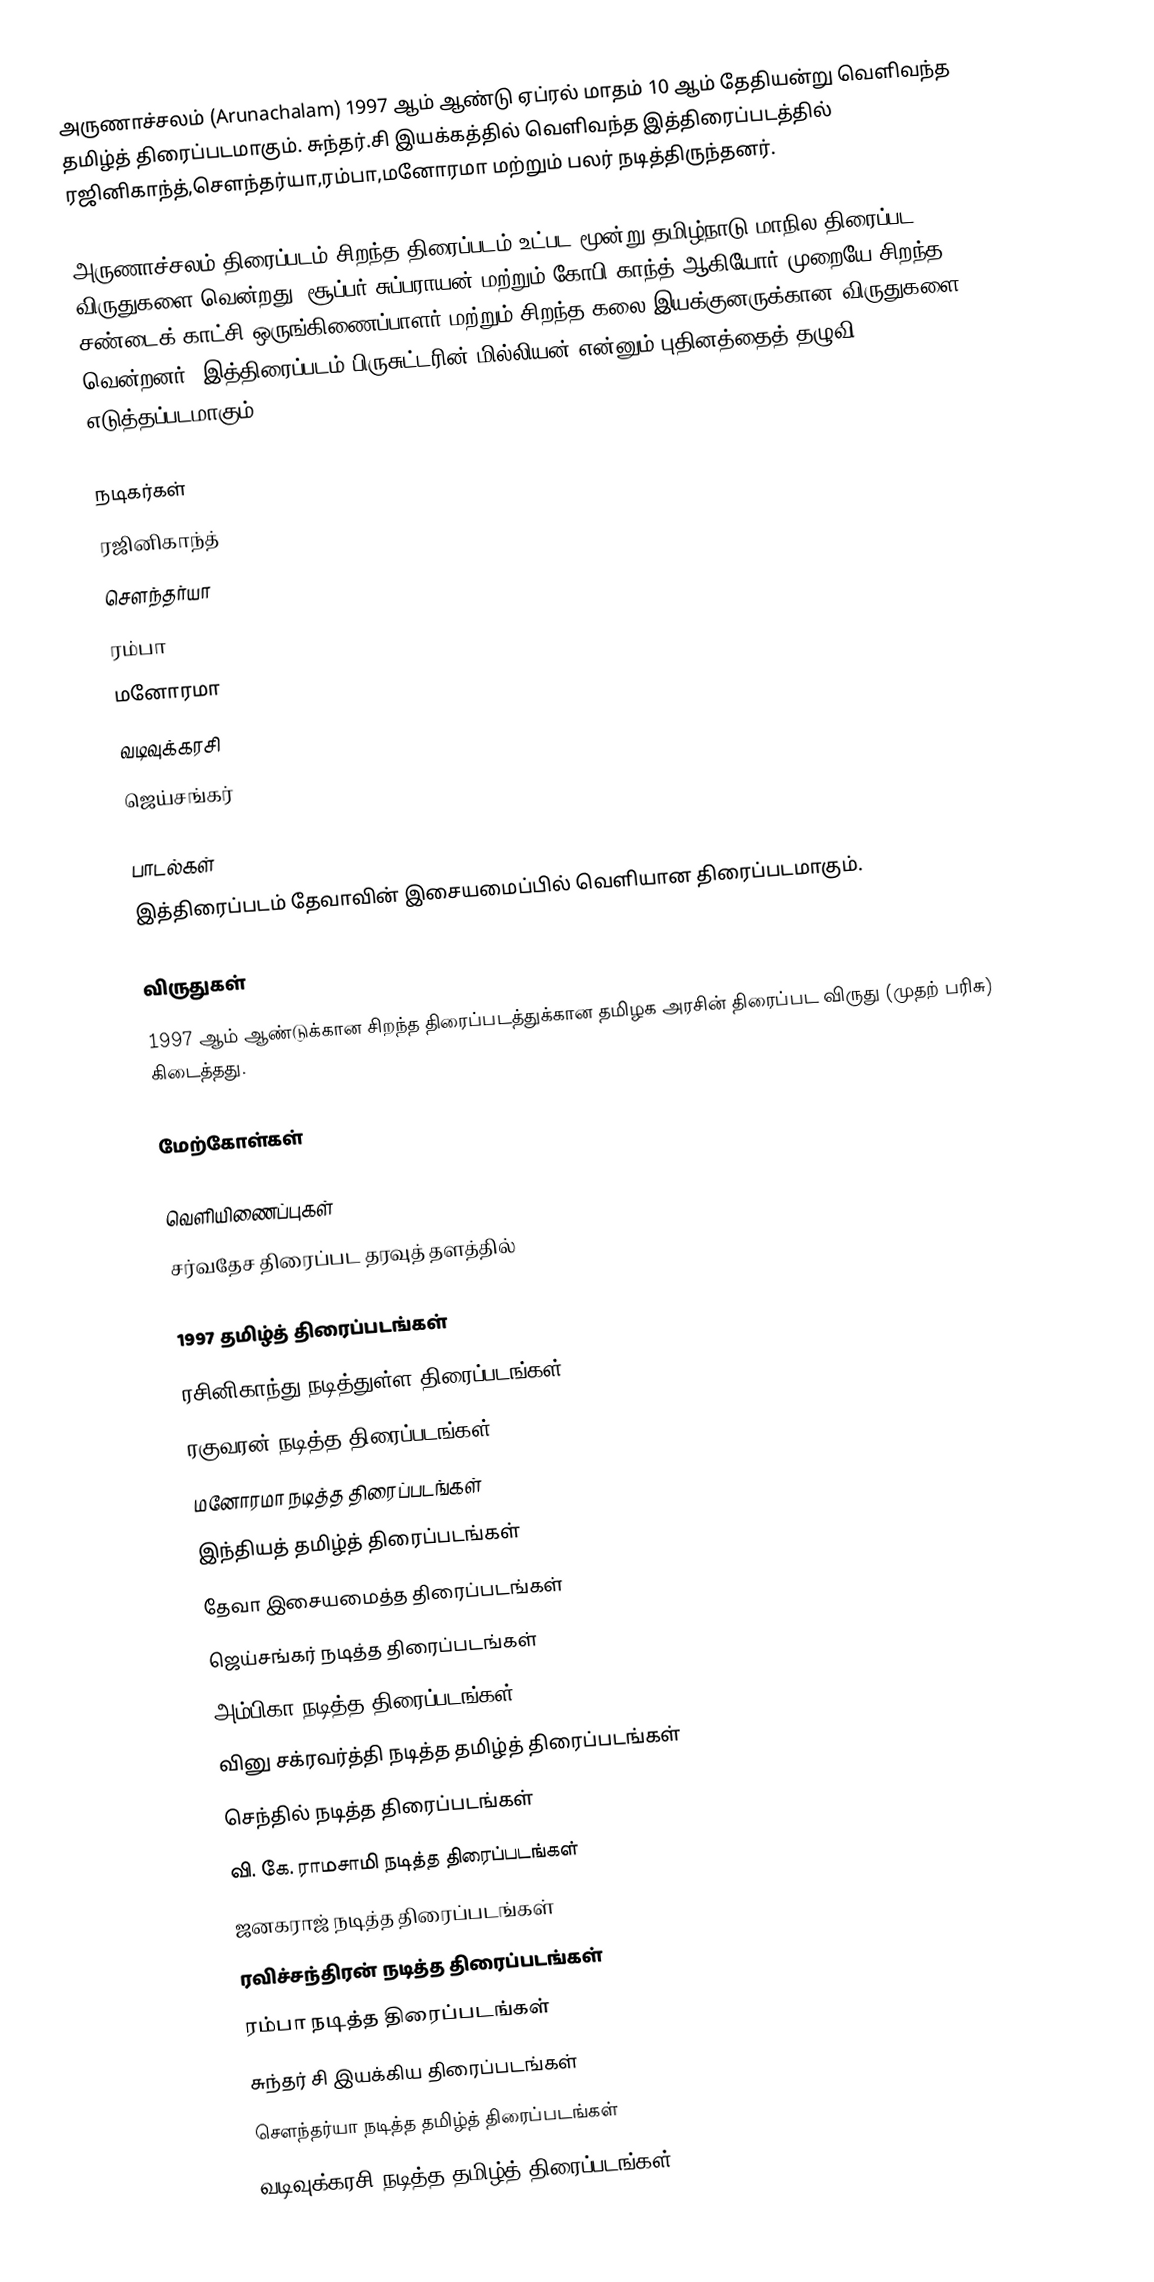
அருணாச்சலம் (Arunachalam) 1997 ஆம் ஆண்டு ஏப்ரல் மாதம் 10 ஆம் தேதியன்று வெளிவந்த தமிழ்த் திரைப்படமாகும். சுந்தர்.சி இயக்கத்தில் வெளிவந்த இத்திரைப்படத்தில் ரஜினிகாந்த்,சௌந்தர்யா,ரம்பா,மனோரமா மற்றும் பலர் நடித்திருந்தனர்.

அருணாச்சலம் திரைப்படம் சிறந்த திரைப்படம் உட்பட மூன்று தமிழ்நாடு மாநில திரைப்பட விருதுகளை வென்றது. சூப்பர் சுப்பராயன் மற்றும் கோபி காந்த் ஆகியோர் முறையே சிறந்த சண்டைக் காட்சி ஒருங்கிணைப்பாளர் மற்றும் சிறந்த கலை இயக்குனருக்கான விருதுகளை வென்றனர். இத்திரைப்படம் பிருசுட்டரின் மில்லியன் என்னும் புதினத்தைத் தழுவி எடுத்தப்படமாகும்

நடிகர்கள்
 ரஜினிகாந்த்
 சௌந்தர்யா
 ரம்பா
 மனோரமா
 வடிவுக்கரசி
 ஜெய்சங்கர்

பாடல்கள்
இத்திரைப்படம் தேவாவின் இசையமைப்பில் வெளியான திரைப்படமாகும்.

விருதுகள்
 1997 ஆம் ஆண்டுக்கான சிறந்த திரைப்படத்துக்கான தமிழக அரசின் திரைப்பட விருது (முதற் பரிசு) கிடைத்தது.

மேற்கோள்கள்

வெளியிணைப்புகள்
சர்வதேச திரைப்பட தரவுத் தளத்தில்

1997 தமிழ்த் திரைப்படங்கள்
ரசினிகாந்து நடித்துள்ள திரைப்படங்கள்
ரகுவரன் நடித்த திரைப்படங்கள்
மனோரமா நடித்த திரைப்படங்கள்
இந்தியத் தமிழ்த் திரைப்படங்கள்
தேவா இசையமைத்த திரைப்படங்கள்
ஜெய்சங்கர் நடித்த திரைப்படங்கள்
அம்பிகா நடித்த திரைப்படங்கள்
வினு சக்ரவர்த்தி நடித்த தமிழ்த் திரைப்படங்கள்
செந்தில் நடித்த திரைப்படங்கள்
வி. கே. ராமசாமி நடித்த திரைப்படங்கள்
ஜனகராஜ் நடித்த திரைப்படங்கள்
ரவிச்சந்திரன் நடித்த திரைப்படங்கள்
ரம்பா நடித்த திரைப்படங்கள்
சுந்தர் சி இயக்கிய திரைப்படங்கள்
சௌந்தர்யா நடித்த தமிழ்த் திரைப்படங்கள்
வடிவுக்கரசி நடித்த தமிழ்த் திரைப்படங்கள்